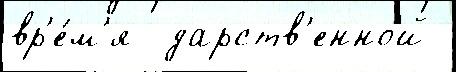
вр'е́м'я  дарств'енной